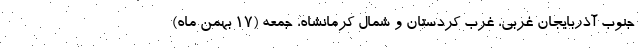
جنوب آذربایجان غربی، غرب کردستان و شمال کرمانشاه، جمعه (۱۷ بهمن ماه)